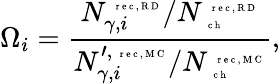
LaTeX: {\Omega}_{i}=\frac{{N_{\gamma,i}^{\mathrm{~\tiny~r~e~c~,~R~D~}}}/{N_{\mathrm{~\tiny~c~h~}}^{\mathrm{~\tiny~r~e~c~,~R~D~}}}}{{N_{\gamma,i}^{\prime,\mathrm{~\tiny~r~e~c~,~M~C~}}}/{N_{\mathrm{~\tiny~c~h~}}^{\mathrm{~\tiny~r~e~c~,~M~C~}}}},